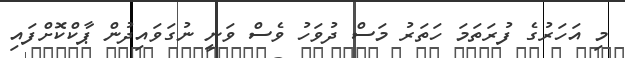
މި އަހަރުގެ ފުރަތަމަ ހަތަރު މަސް ދުވަހު ވެސް ވަނީ ނުގަވައިދުން ޕާކްކޮށްފައި